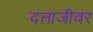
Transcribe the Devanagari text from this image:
दत्ताजीवर